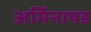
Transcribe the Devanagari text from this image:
अर्मिनायड